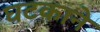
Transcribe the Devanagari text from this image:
घटकाने